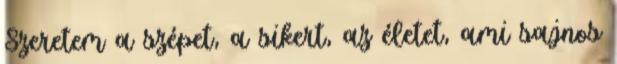
Szeretem a szépet, a sikert, az életet, ami sajnos